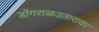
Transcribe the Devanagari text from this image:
डोंगराळउतारावर